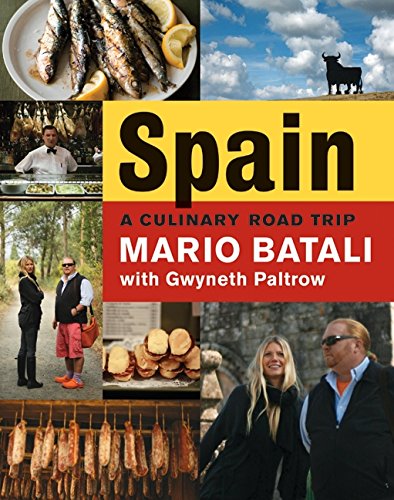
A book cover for Spain...A Culinary Road Trip; Mario Batali; Cookbooks, Food & Wine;